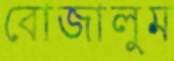
বোজালুম